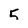
Character: 5